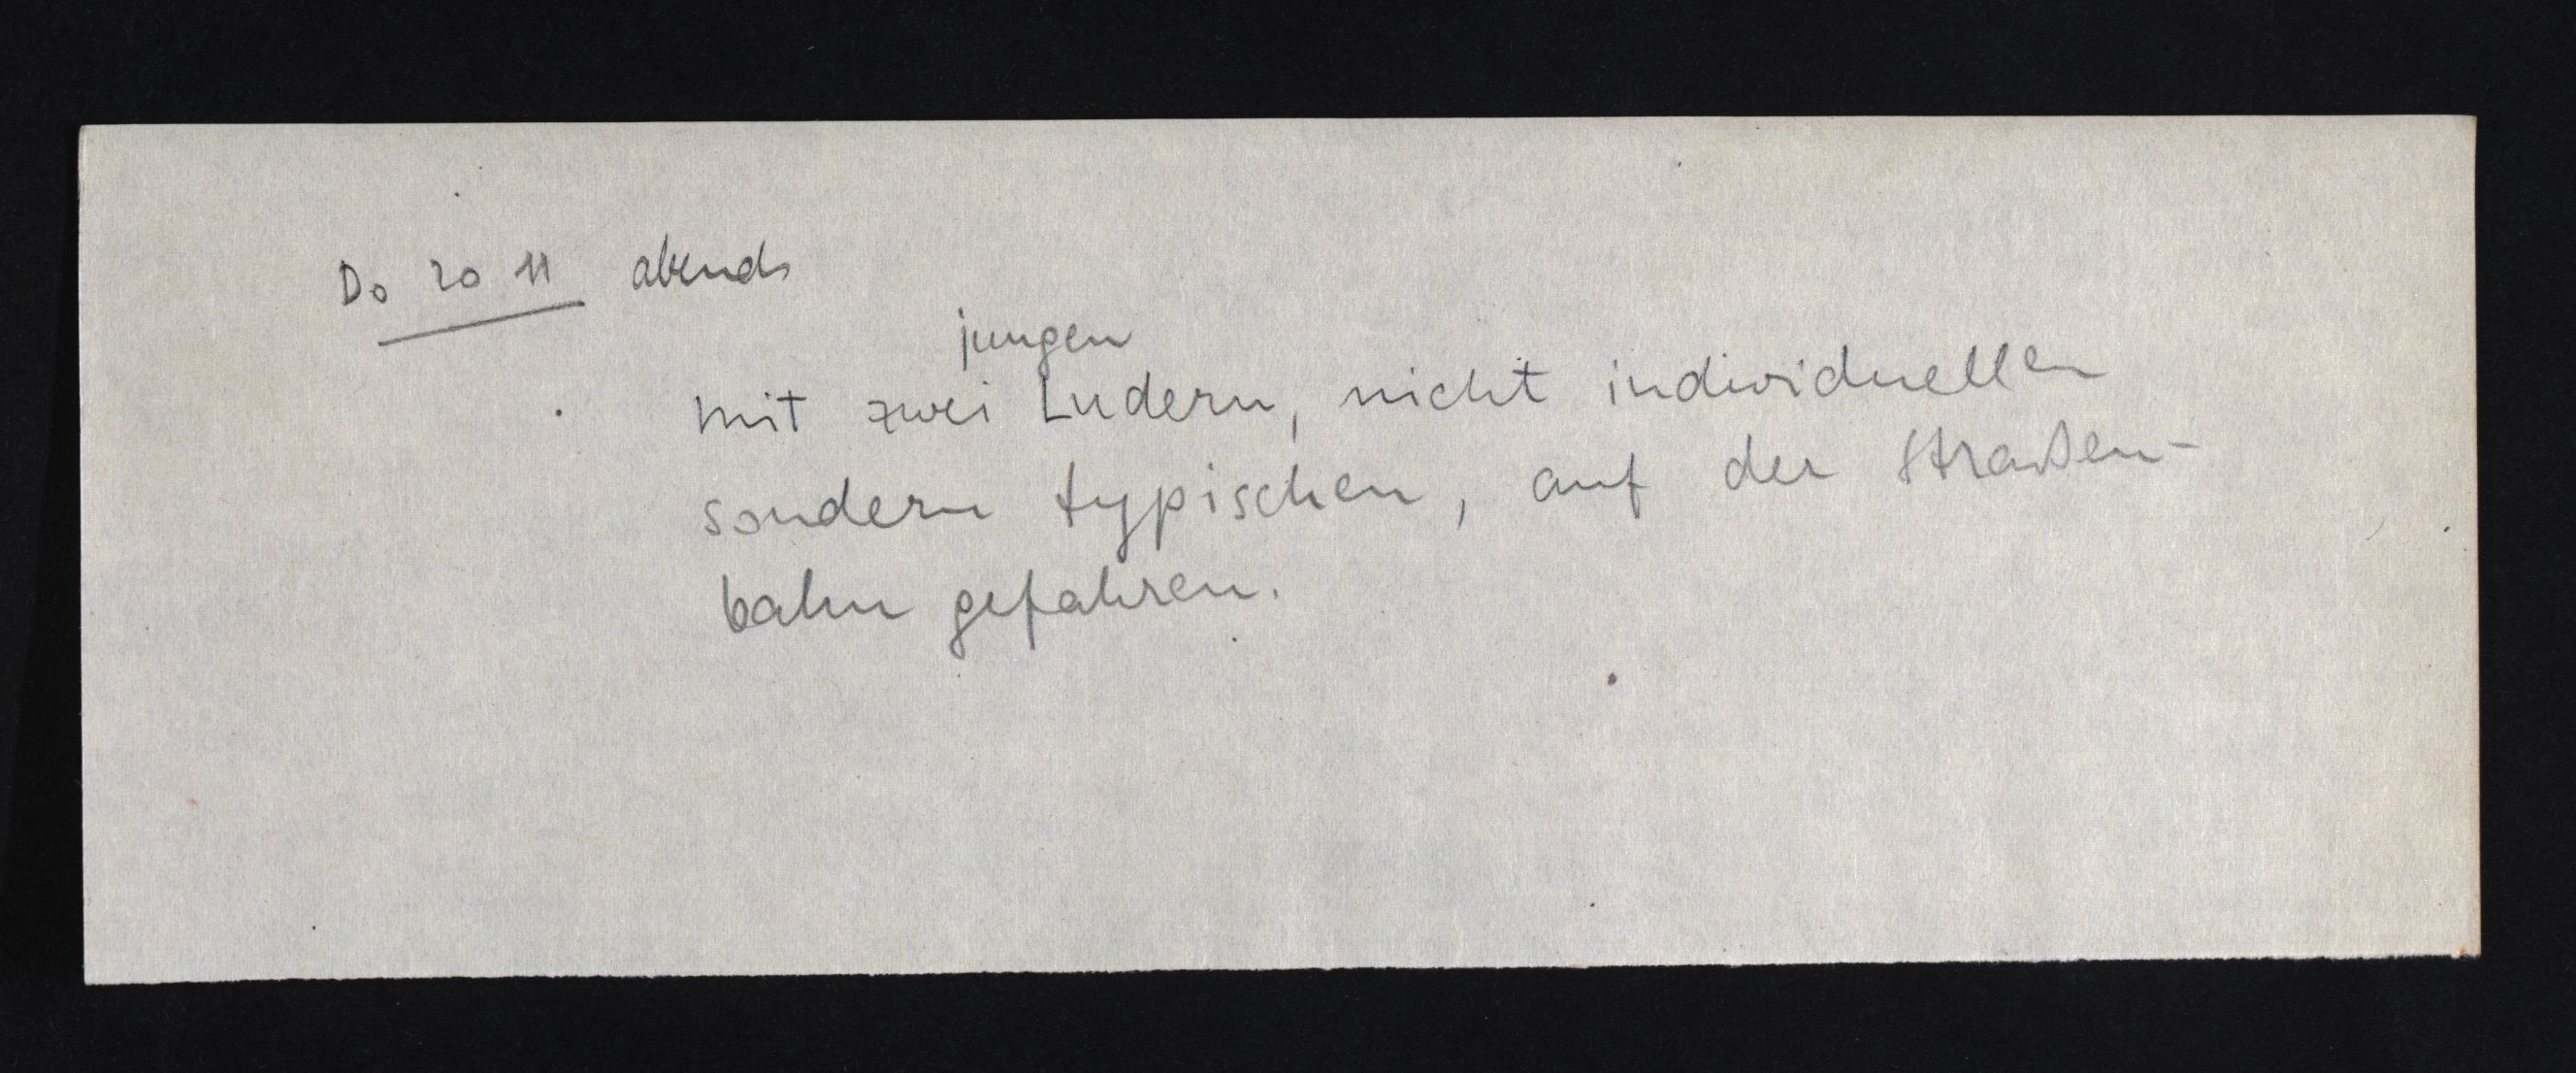
Do 20 11 abends
jungen
mit zwei Ludern, nicht individuellen
sondern typischen, auf der Straßen¬
bahn gefahren.